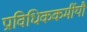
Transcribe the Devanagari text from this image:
प्राविधिककर्मीयौं